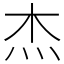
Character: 杰